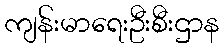
ကျန်းမာရေးဦးစီးဌာန